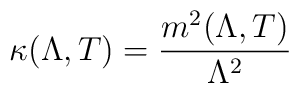
\kappa(\Lambda,T) = \frac{m^2(\Lambda,T)}{\Lambda^2}